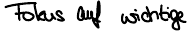
Fokus auf wichtige